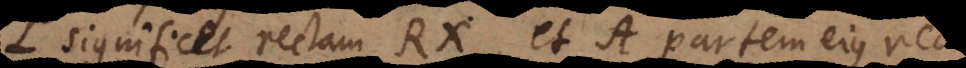
L significet rectam RX, et A partem ejus, rec